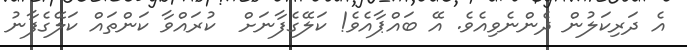
އެ ދަރިކަލުން ދެންނެވިއެވެ. އޭ ބައްޕާއެވެ! ކަލޭގެފާނަށް  ކުރައްވާ ކަންތައް ކަލޭގެފާނު